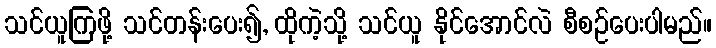
သင်ယူကြဖို့ သင်တန်းပေး၍, ထိုကဲ့သို့ သင်ယူ နိုင်အောင်လဲ စီစဉ်ပေးပါမည်။